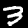
Digit: 3